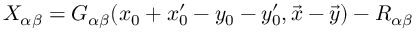
X _ { \alpha \beta } = G _ { \alpha \beta } ( x _ { 0 } + x _ { 0 } ^ { \prime } - y _ { 0 } - y _ { 0 } ^ { \prime } , \vec { x } - \vec { y } ) - R _ { \alpha \beta }